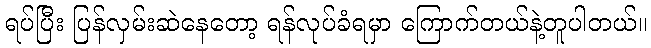
ရပ်ပြီး ပြန်လှမ်းဆဲနေတော့ ရန်လုပ်ခံရမှာ ကြောက်တယ်နဲ့တူပါတယ်။